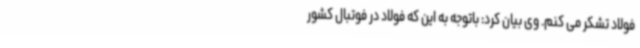
فولاد تشکر می کنم. وی بیان کرد: باتوجه به این که فولاد در فوتبال کشور